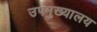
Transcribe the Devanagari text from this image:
उपमुख्यालय